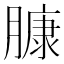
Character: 𰯑